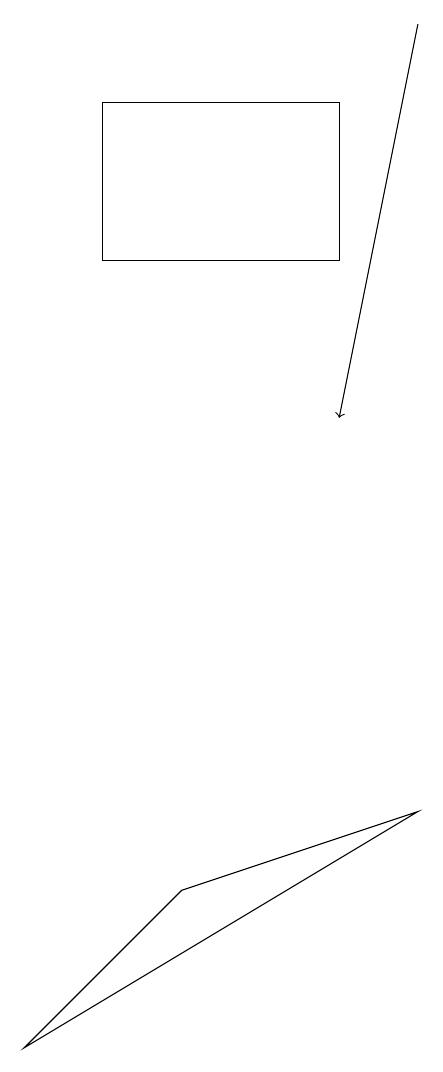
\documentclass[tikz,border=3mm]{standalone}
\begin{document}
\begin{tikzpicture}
\draw (5,8) -- (3,6) -- (8,9) -- cycle;
\draw[->] (8,19) -- (7,14);
\draw (4,16) rectangle (7,18);
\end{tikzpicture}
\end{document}